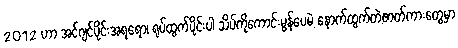
2012 ဟာ အင်ဂျင်ပိုင်းအရရော၊ ရုပ်ထွက်ပိုင်းပါ သိပ်ကိုကောင်းမွန်ပေမဲ့ နောက်ထွက်တဲ့ဇာတ်ကားတွေမှာ